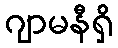
ဂျာမနီရှိ